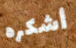
أشكره